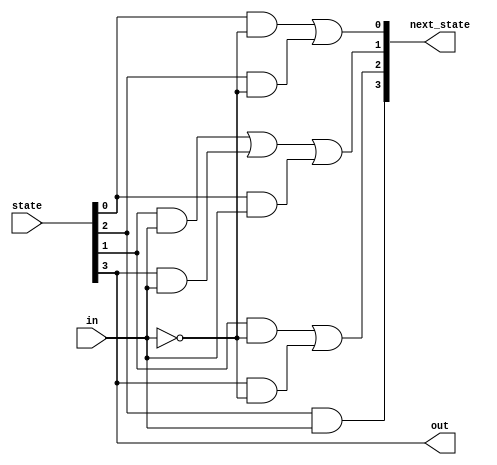
module top_module(
    input in,
    input [3:0] state,
    output [3:0] next_state,
    output out); //
    parameter A=4'd0, B=4'd1, C=4'd2, D=4'd3;

 
    

    // State transition logic: Derive an equation for each state flip-flop.
    assign next_state[A] = (state[A] & (~in)) || (state[C] & ~in) ;
    assign next_state[B] = (state[B] & (in))  || (state[D] & in)|| (state[A] & in);
    assign next_state[C] = (state[B] & (~in)) || (state[D] & ~in);
    assign next_state[D] = state[C] & in;

    // Output logic: 
    assign out = (state[D] == 1);

endmodule